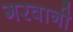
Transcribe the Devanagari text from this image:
गरवानी